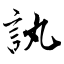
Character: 訙